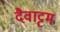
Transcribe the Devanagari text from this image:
दैवाट्टम